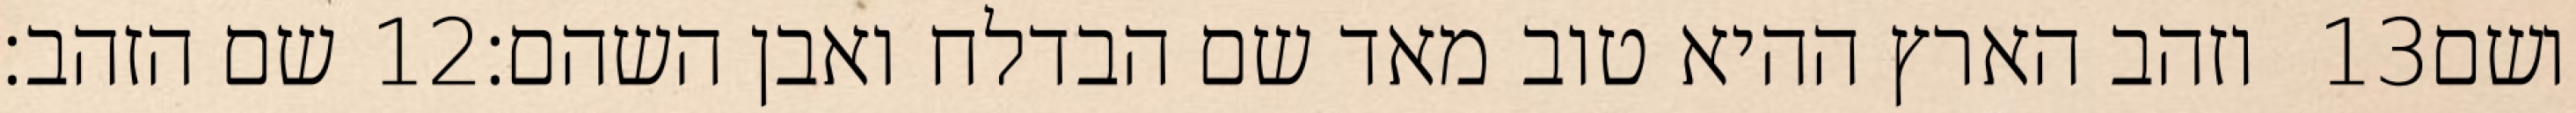
שם הזהב׃ ‎12‏ וזהב הארץ ההיא טוב מאד שם הבדלח ואבן השהם׃ ‎13‏ ושם